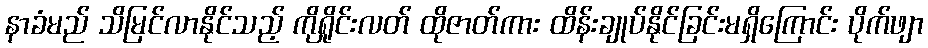
နာခံမည် သိမြင်လာနိုင်သည့် ကိုရှိုင်းလတ် ထိုဇာတ်ကား ထိန်းချုပ်နိုင်ခြင်းမရှိကြောင်း ပိုက်ဖျာ